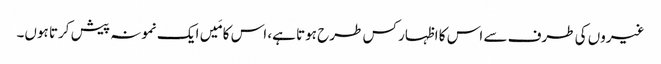
غیروں کی طرف سے اس کا اظہار کس طرح ہوتا ہے، اس کا مَیں ایک نمونہ پیش کرتا ہوں۔